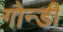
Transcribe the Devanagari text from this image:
गोन्डी